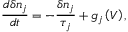
\frac { d \delta n _ { j } } { d t } = - \frac { \delta n _ { j } } { \tau _ { j } } + g _ { j } \left( V \right) ,